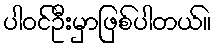
ပါဝင်ဦးမှာဖြစ်ပါတယ်။